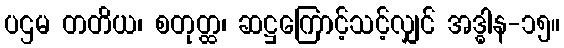
ပဌမ တတိယ၊ စတုတ္ထ၊ ဆဋ္ဌကြောင့်သင့်လျှင် အဒ္ဓါန-၁၅။